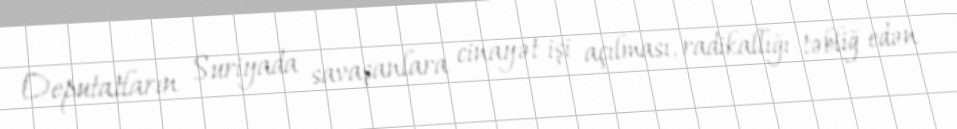
Deputatların Suriyada savaşanlara cinayət işi açılması, radikallığı təbliğ edən